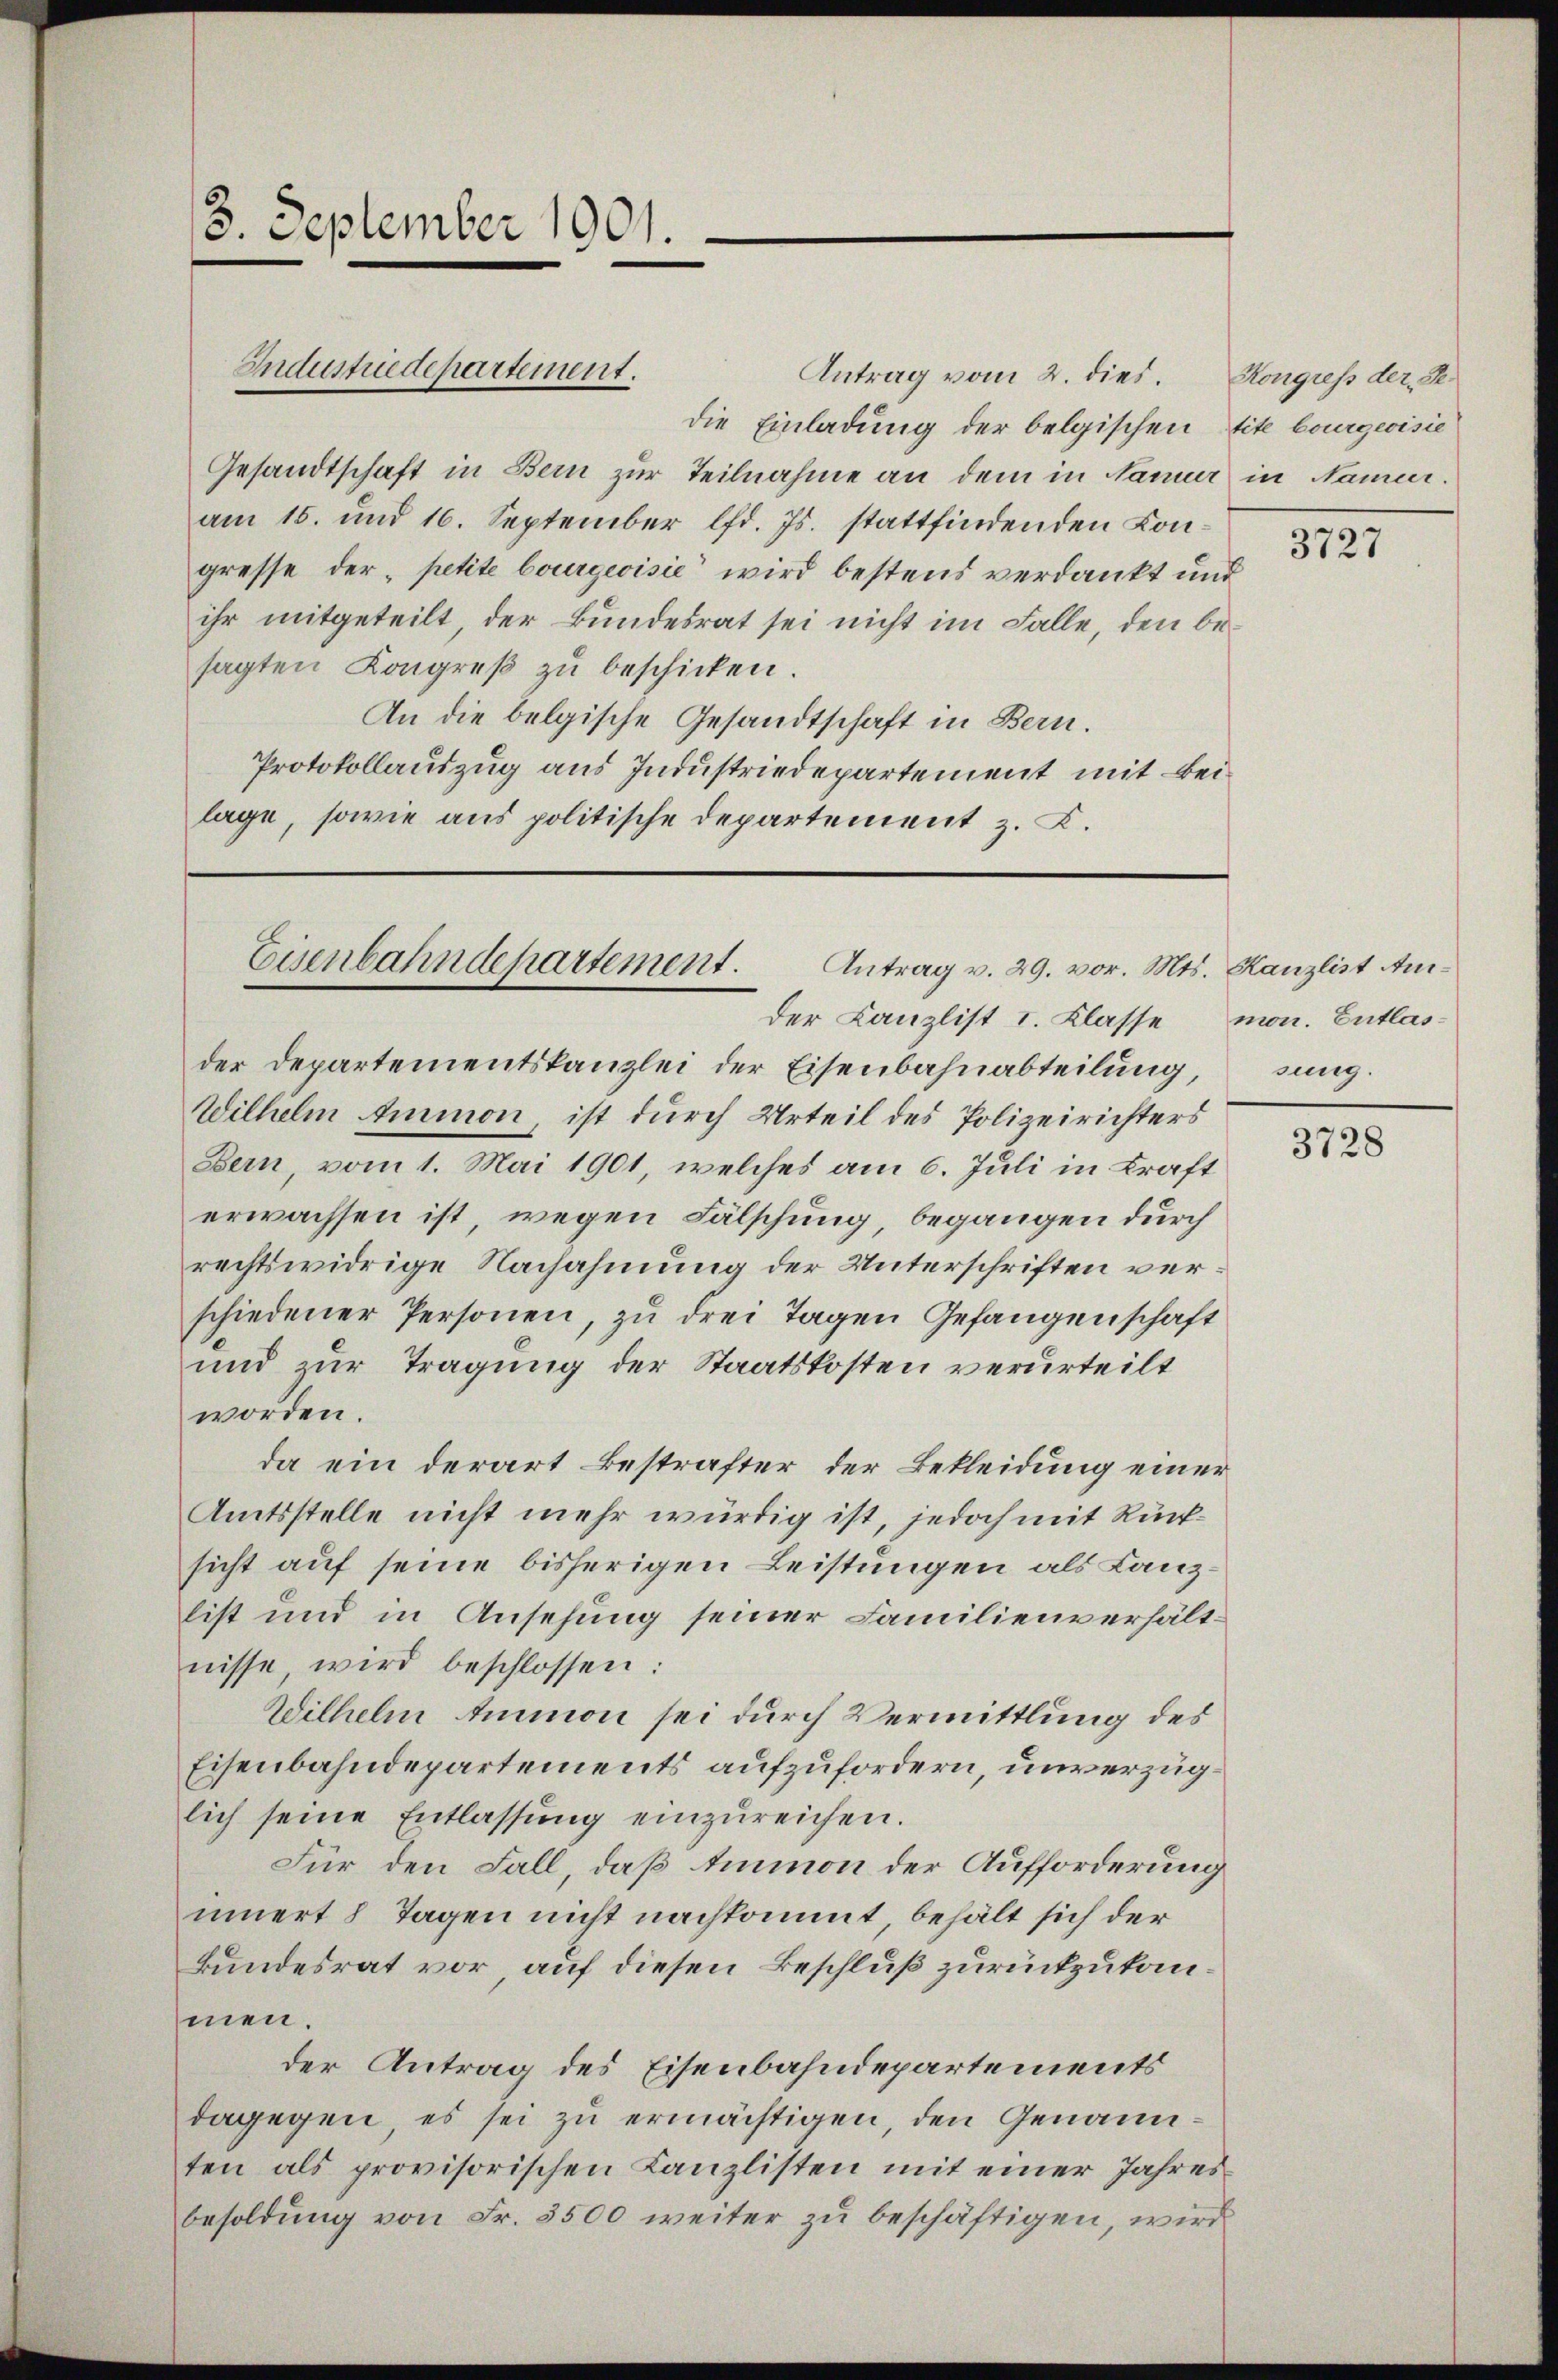
3. September 1901.

Industriedepartement.

Antrag vom 2. dies.
die Einladung der belgischen Site bourgeoisie
Gesandtschaft in Bern zur Teilnahme an dem in Namer in Nameer.
am 15. und 16. September lfd. Js. stattfindenden Congresse der „petite bourgeoisie wird bestens verdankt und
ihr mitgeteilt der Bundesrat sei nicht im Falle, den besagten Kongreβ zŭ beschicken.
An die belgische Gesandtschaft in Bern.
Protokollauszug aus Industriedepartement mit Beilage, sowie aus politische Departement z. B.

Eisenbahndepartement.
Antrag v. 29. vor. Mts. Kanzlist An¬

der Canzlist I. Klasse mon. Entlasder Departementskanzlei der Eisenbahnabteilung,
Wilhelm Ammon, ist durch Urteil des Polizeirichters
Bern, vom 1. Mai 1901, welches am 6. Juli in Kraft
erwachsen ist, wegen Fälschung, begangen durch
rechtswidrige Nachahmung der Unterschriften verschiedener Personen, zu drei Tagen Gefangenschaft
und zur Tragung der Staatskosten verurteilt
worden.
da ein derart Bestrafter der Bekleidung einer
Amtsstelle nicht mehr würdig ist, jedoch mit Rücksicht auf seine bisherigen Leistungen als Lanzlist und in Ansehung seiner Familienverhältnisse, wird beschlossen:
Wilhelm Ammon sei durch Vermittlung des
Eisenbahndepartements aufzufordern, unverzüglich seine Entlassŭng einzŭreichen.
Für den Fall, daß Eimon der Aufforderung
innert 8 Tagen nicht nachkommt, behält sich der
Bundesrat vor, auf diesen Beschluß zurückzukommen.
der Antrag des Eisenbahndepartements
dagegen, es sei zu ermächtigen, den Genannten als provisorischen Kanzlisten mit einer Jahresbesoldung von Fr. 3500 weiter zu beschäftigen, wird

Kongress der Se¬

3727

sung.

3728